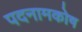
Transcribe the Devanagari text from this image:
पदनामकोष